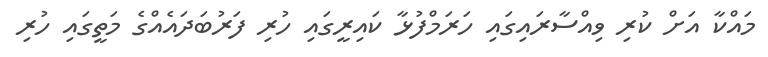
މައްކާ އަށް ކުރި ވިއްސާރައިގައި ހަރަމްފުޅާ ކައިރީގައި ހުރި ފަރުބަދައެއްގެ މަތީގައި ހުރި